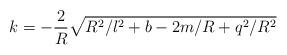
LaTeX: \begin{align*}k = -\frac{2}{R}\sqrt{R^2/l^2+b-2m/R+q^2/R^2}\end{align*}